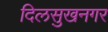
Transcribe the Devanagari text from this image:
दिलसुखनगर